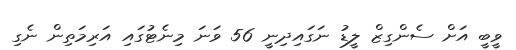
ވީބީ އަށް ސެންގިޒް ލީޑު ނަގައިދިނީ 56 ވަނަ މިނެޓުގައި އަރިމަތިން ނެގި